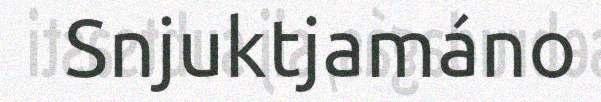
Snjuktjamáno